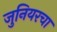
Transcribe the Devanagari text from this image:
जुनियरचा